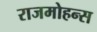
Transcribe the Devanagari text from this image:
राजमोहन्स